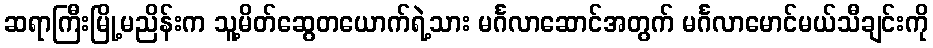
ဆရာကြီးမြို့မညိန်းက သူ့မိတ်ဆွေတယောက်ရဲ့သား မင်္ဂလာဆောင်အတွက် မင်္ဂလာမောင်မယ်သီချင်းကို